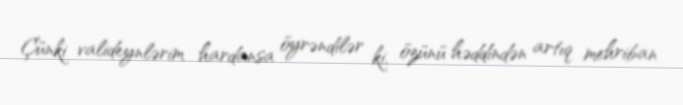
Çünki valideynlərim hardansa öyrəndilər ki, özünü həddindən artıq mehriban